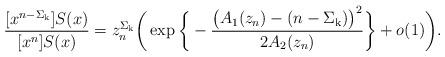
LaTeX: \begin{align*}\frac{[x^{n-\Sigma_{\mathrm{k}}}]S(x)}{[x^n]S(x)} = z_n^{\Sigma_{\mathrm{k}}} \bigg(\exp\bigg\{-\frac{\big(A_1(z_n)-(n-\Sigma_{\mathrm{k}})\big)^2}{2A_2(z_n)}\bigg\} + o(1) \bigg).\end{align*}